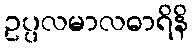
ဥပ္ပလမာလဓာရိနိ